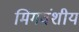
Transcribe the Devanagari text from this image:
मिंगवंशीय